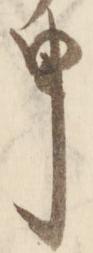
申